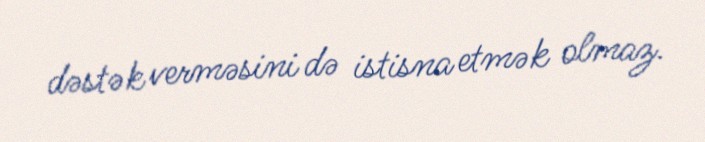
dəstək verməsini də istisna etmək olmaz.